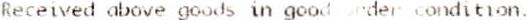
RECEIVED ABOVE GOODS IN GOOD ORDER CONDITION.